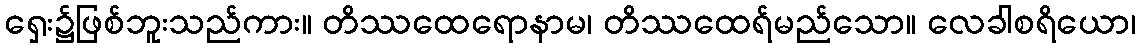
ရှေး၌ဖြစ်ဘူးသည်ကား။ တိဿထေရောနာမ၊ တိဿထေရ်မည်သော။ လေခါစရိယော၊